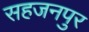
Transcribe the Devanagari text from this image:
सहजनपुर